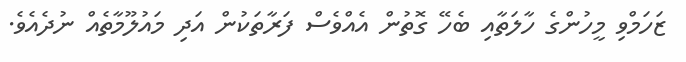
ޒަހަމްވި މީހުންގެ ހާލަތާއި ބެހޭ ގޮތުން އެއްވެސް ފަރާތަކުން އަދި މައުލޫމާތެއް ނުދެއެވެ.